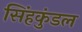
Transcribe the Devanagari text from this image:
सिंहकुंडल